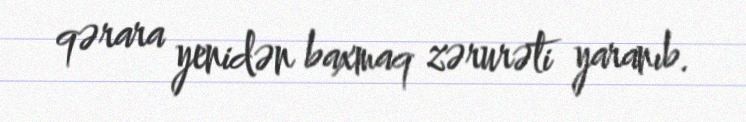
qərara yenidən baxmaq zərurəti yaranıb.